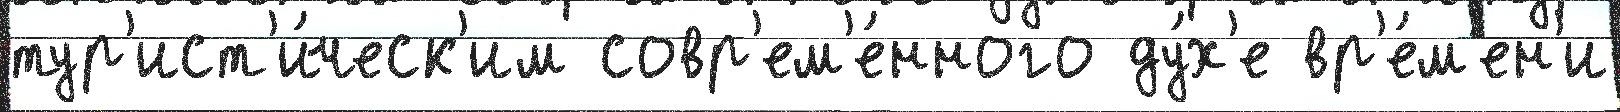
тур'ист'и́ческ'им совр'ем'е́нного ду́х'е вр'е́м'ен'и